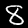
Label: 8